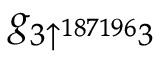
g _ { 3 \uparrow ^ { 1 8 7 1 9 6 } 3 }